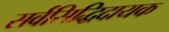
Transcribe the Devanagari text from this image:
सर्वसिद्धिदायक